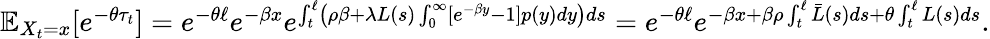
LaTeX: \begin{array}{r}{\mathbb{E}_{X_{t}=x}[e^{-\theta\tau_{t}}]=e^{-\theta\ell}e^{-\beta x}e^{\int_{t}^{\ell}\left(\rho\beta+\lambda L(s)\int_{0}^{\infty}[e^{-\beta y}-1]p(y)dy\right)ds}=e^{-\theta\ell}e^{-\beta x+\beta\rho\int_{t}^{\ell}\bar{L}(s)ds+\theta\int_{t}^{\ell}L(s)ds}.}\end{array}